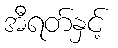
အီရတ်နှင့်